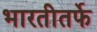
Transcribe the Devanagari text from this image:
भारतीतर्फे